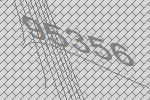
95356